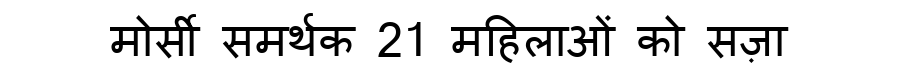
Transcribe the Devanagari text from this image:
मोर्सी समर्थक 21 महिलाओं को सज़ा